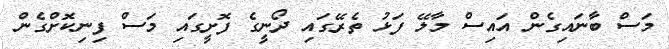
މަސް ބާނައިގެން އައިސް މާލޭ ފަޅު ތެރޭގައި ދޯނީގެ ފޮށީގައި މަސް ފިނިކޮށްގެން